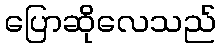
ပြောဆိုလေသည်